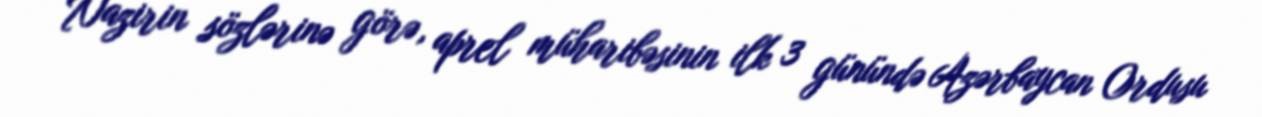
Nazirin sözlərinə görə, aprel müharibəsinin ilk 3 günündə Azərbaycan Ordusu